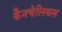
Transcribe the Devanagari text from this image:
कैनचेल्स्किस